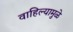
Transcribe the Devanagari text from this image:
वाहिल्यामुळे